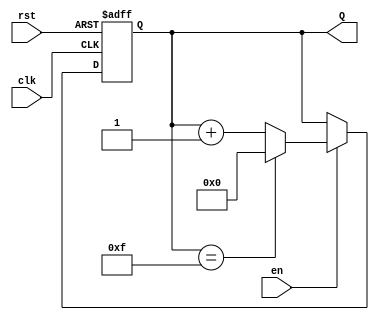
module binary_up_counter #(
    parameter N = 4  // Parameter for the number of bits
)(
    input wire clk,       // Clock signal
    input wire rst,       // Asynchronous reset signal
    input wire en,        // Enable signal
    output reg [N-1:0] Q  // N-bit output count
);

    // Asynchronous reset and counting logic
    always @(posedge clk or posedge rst) begin
        if (rst) begin
            Q <= 0;  // Reset the counter to 0
        end else if (en) begin
            if (Q == (2**N - 1)) begin
                Q <= 0;  // Wrap around to 0 if maximum value is reached
            end else begin
                Q <= Q + 1;  // Increment the counter
            end
        end
    end

endmodule